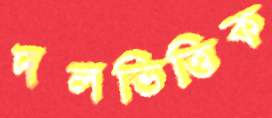
দলভিত্তিক